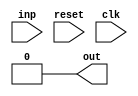
module seq_detector #(
    parameter SIZE = 5,
    parameter S_DEF = 5'b10000, S_1XXX = 5'b00001, S_10XX = 5'b00010, S_101X = 5'b00100, S_1010 = 5'b01000
) (
    output reg out,
    input inp, reset, clk
);
// * Sequence detector that detects occurence of the subsequence 1010 in an 8-bit sequence
// * Reads a single bit of the input and updates the corresponding output bit at any moment

// *********Internal Variables************
    reg [SIZE-1:0] state, next_state;


// ****************CODE*******************

    // * Initial condition
    initial begin
        state <= S_DEF;
    end

    // * Resetting the state for when a new 8-bit sequence is being read
    always @(reset) begin
        state <= S_DEF;
    end

    // * Deciding the next state of the FSM based on the current state
    always @(posedge clk) begin
        case (state)
            S_DEF: if(inp) begin
                next_state <= S_1XXX;
            end else begin
                next_state <= S_DEF;
            end

            S_1XXX: if(inp) begin
                next_state <= S_1XXX;
            end else begin
                next_state <= S_10XX;
            end

            S_10XX: if(inp) begin
                next_state <= S_101X;
            end else begin
                next_state <= S_DEF;
            end

            S_101X: if(inp) begin
                next_state <= S_1XXX;
            end else begin
                next_state <= S_1010;
            end

            S_1010: if(inp) begin
                next_state <= S_101X;
            end else begin
                next_state <= S_DEF;
            end

            default: 
                next_state <= S_DEF;
        endcase
    end

    // *********OUTPUT*********
    always @(state) begin
        case (state)
            S_1010: begin
                out <= 1;
            end
            default: 
                out <= 0;
        endcase
    end

    // * Updating the current state
    always @(next_state) begin
        state <= next_state;
    end

endmodule